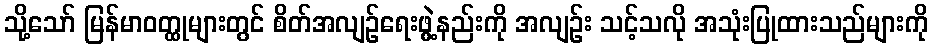
သို့သော် မြန်မာဝတ္ထုများတွင် စိတ်အလျဉ်ရေးဖွဲ့နည်းကို အလျဉ်း သင့်သလို အသုံးပြုထားသည်များကို